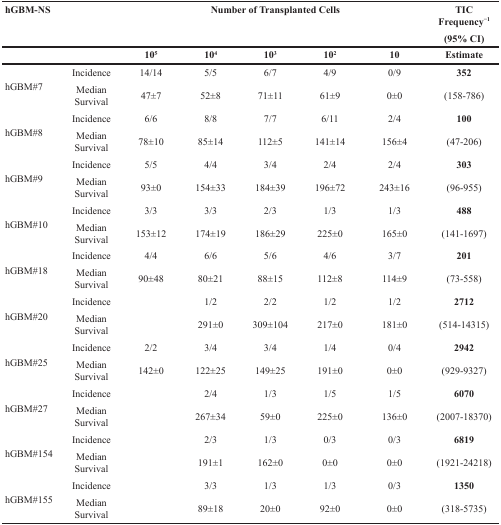
<table><thead><tr><td><b>hGBM-NS</b></td><td></td><td colspan="5"><b>Number of Transplanted Cells</b></td><td><b>TIC Frequency<sup>−1</sup>(95% CI)</b></td></tr><tr><td></td><td></td><td><b>10<sup>5</sup></b></td><td><b>10<sup>4</sup></b></td><td><b>10<sup>3</sup></b></td><td><b>10<sup>2</sup></b></td><td><b>10</b></td><td><b>Estimate</b></td></tr></thead><tbody><tr><td rowspan="2">hGBM#7</td><td>Incidence</td><td>14/14</td><td>5/5</td><td>6/7</td><td>4/9</td><td>0/9</td><td><b>352</b></td></tr><tr><td>MedianSurvival</td><td>47±7</td><td>52±8</td><td>71±11</td><td>61±9</td><td>0±0</td><td>(158-786)</td></tr><tr><td rowspan="2">hGBM#8</td><td>Incidence</td><td>6/6</td><td>8/8</td><td>7/7</td><td>6/11</td><td>2/4</td><td><b>100</b></td></tr><tr><td>MedianSurvival</td><td>78±10</td><td>85±14</td><td>112±5</td><td>141±14</td><td>156±4</td><td>(47-206)</td></tr><tr><td rowspan="2">hGBM#9</td><td>Incidence</td><td>5/5</td><td>4/4</td><td>3/4</td><td>2/4</td><td>2/4</td><td><b>303</b></td></tr><tr><td>MedianSurvival</td><td>93±0</td><td>154±33</td><td>184±39</td><td>196±72</td><td>243±16</td><td>(96-955)</td></tr><tr><td rowspan="2">hGBM#10</td><td>Incidence</td><td>3/3</td><td>3/3</td><td>2/3</td><td>1/3</td><td>1/3</td><td><b>488</b></td></tr><tr><td>MedianSurvival</td><td>153±12</td><td>174±19</td><td>186±29</td><td>225±0</td><td>165±0</td><td>(141-1697)</td></tr><tr><td rowspan="2">hGBM#18</td><td>Incidence</td><td>4/4</td><td>6/6</td><td>5/6</td><td>4/6</td><td>3/7</td><td><b>201</b></td></tr><tr><td>MedianSurvival</td><td>90±48</td><td>80±21</td><td>88±15</td><td>112±8</td><td>114±9</td><td>(73-558)</td></tr><tr><td rowspan="2">hGBM#20</td><td>Incidence</td><td></td><td>1/2</td><td>2/2</td><td>1/2</td><td>1/2</td><td><b>2712</b></td></tr><tr><td>MedianSurvival</td><td></td><td>291±0</td><td>309±104</td><td>217±0</td><td>181±0</td><td>(514-14315)</td></tr><tr><td rowspan="2">hGBM#25</td><td>Incidence</td><td>2/2</td><td>3/4</td><td>3/4</td><td>1/4</td><td>0/4</td><td><b>2942</b></td></tr><tr><td>MedianSurvival</td><td>142±0</td><td>122±25</td><td>149±25</td><td>191±0</td><td>0±0</td><td>(929-9327)</td></tr><tr><td rowspan="2">hGBM#27</td><td>Incidence</td><td></td><td>2/4</td><td>1/3</td><td>1/5</td><td>1/5</td><td><b>6070</b></td></tr><tr><td>MedianSurvival</td><td></td><td>267±34</td><td>59±0</td><td>225±0</td><td>136±0</td><td>(2007-18370)</td></tr><tr><td rowspan="2">hGBM#154</td><td>Incidence</td><td></td><td>2/3</td><td>1/3</td><td>0/3</td><td>0/3</td><td><b>6819</b></td></tr><tr><td>MedianSurvival</td><td></td><td>191±1</td><td>162±0</td><td>0±0</td><td>0±0</td><td>(1921-24218)</td></tr><tr><td rowspan="2">hGBM#155</td><td>Incidence</td><td></td><td>3/3</td><td>1/3</td><td>1/3</td><td>0/3</td><td><b>1350</b></td></tr><tr><td>MedianSurvival</td><td></td><td>89±18</td><td>20±0</td><td>92±0</td><td>0±0</td><td>(318-5735)</td></tr></tbody></table>